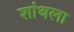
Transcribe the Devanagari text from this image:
शांथला